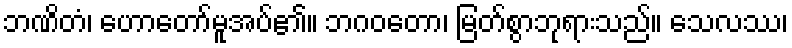
ဘဏိတံ၊ ဟောတော်မူအပ်၏။ ဘဂဝတော၊ မြတ်စွာဘုရားသည်။ သေလဿ၊